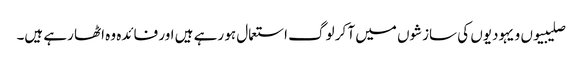
صلیبیوں و یہودیوں کی سازشوں میں آ کر لوگ استعمال ہو رہے ہیں اور فائدہ وہ اٹھا رہے ہیں۔